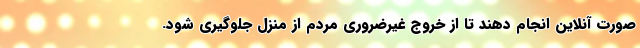
صورت آنلاین انجام دهند تا از خروج غیرضروری مردم از منزل جلوگیری شود.